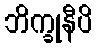
ဘိက္ခုနီပိ